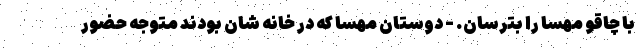
با چاقو مهسا را بترسان. - دوستان مهسا که در خانه شان بودند متوجه حضور